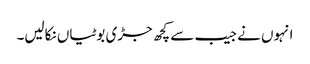
انہوں نے جیب سے کچھ جڑی بوٹیاں نکالیں۔